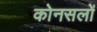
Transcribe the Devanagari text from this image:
कोनसलों